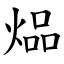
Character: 煰